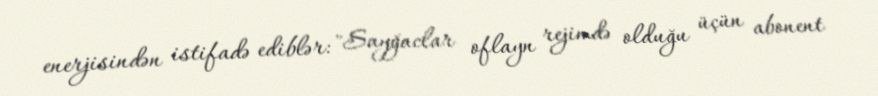
enerjisindən istifadə ediblər: "Sayğaclar oflayn rejimdə olduğu üçün abonent